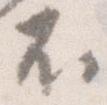
不